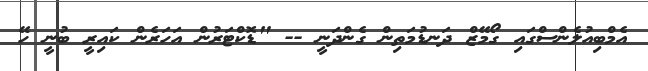
އެމްބިއުލެންސްގައި ގޯމޭޒް ދަނޑުމަތިން ގެންދަނީ -- "ޑޮކްޓަރުން އަހަރެން ކައިރީ ބުނީ ހޭ